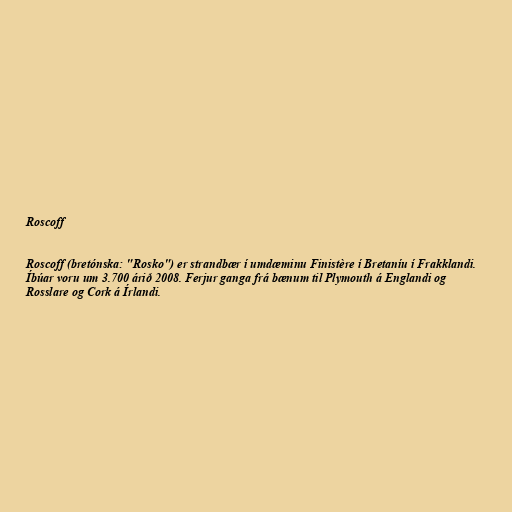
Roscoff

Roscoff (bretónska: "Rosko") er strandbær í umdæminu Finistère í Bretaníu í Frakklandi.
Íbúar voru um 3.700 árið 2008. Ferjur ganga frá bænum til Plymouth á Englandi og
Rosslare og Cork á Írlandi.